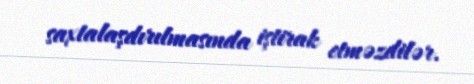
saxtalaşdırılmasında iştirak etməzdilər.